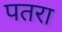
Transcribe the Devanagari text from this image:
पतरा